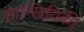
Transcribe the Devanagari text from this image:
सान्खियिकी